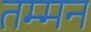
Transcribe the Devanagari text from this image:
तम्मन